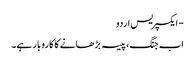
- ایکسپریس اردو
اب جنگ، پیسہ بڑھانے کا کاروبار ہے۔